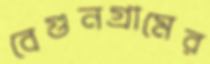
বেগুনগ্রামের